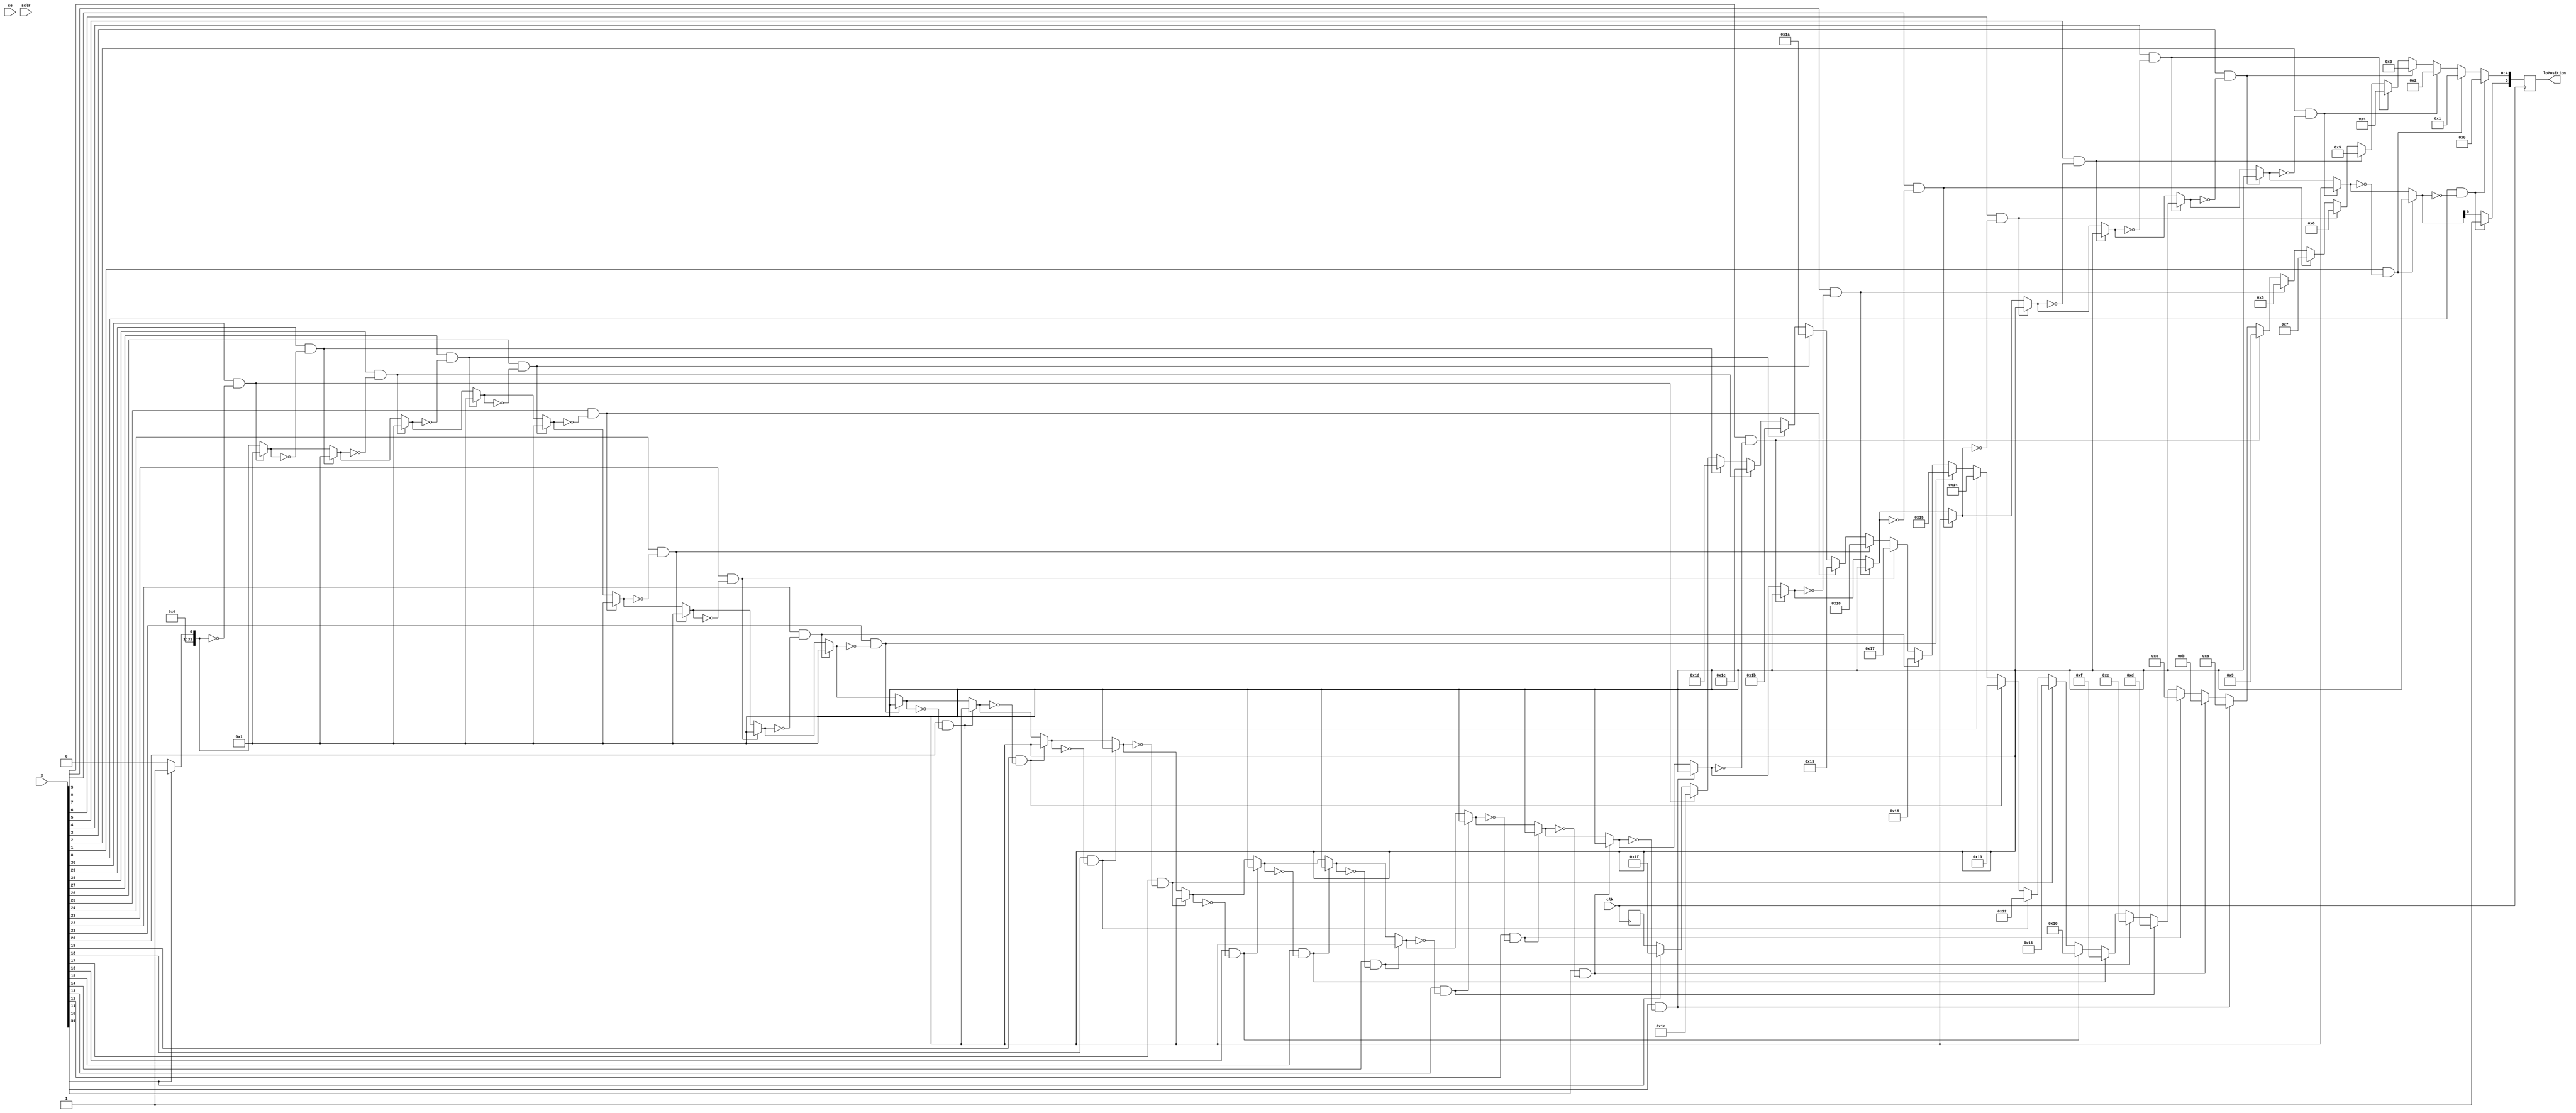
module leadingOne 
		#(parameter xWL = 32)

		// IO signal definition
		(input clk,
		 input ce,
		 input sclr,
		 input [xWL-1:0] x,
		 output reg [cLog2(xWL-1):0] loPosition);

		//--------------------------
		// Local parameter definition
		parameter ctrWidth = cLog2(xWL-1);
		
		//--------------------------
		always @ (posedge clk) begin
			loPosition = LOD(x);
		end
		
		//--------------------------
		function [ctrWidth :0] LOD;
		
		input [xWL-1:0] val;
		// ctr of type integer can be assigned into type reg so I commented ctrCopy
		//reg   [ctrWidth-1 :0] ctrCopy, indx;
		reg   [ctrWidth-1 :0] indx;
		integer found;
		integer ctr;
		
		begin
		   found   = 0;
			//ctrCopy = {ctrWidth{1'b1}};
			// I could have checked found in the for() so it stops looking after it finds
			// but this does not make any difference in hardware as the for loop should be supported 
			// for the worst case scenario
			for( ctr = xWL-1; ctr >= 0; ctr = ctr-1 ) begin
				if( val[ctr] && !found) begin
					//indx = ctrCopy;
					indx = ctr;
					found = 1;
				end
			   //ctrCopy = ctrCopy - 1;
			end
			LOD = {found,indx};
		end	

		endfunction

		//--------------------------
		//ceiling of the log base 2 function
		// Actually calculates ceil(log2(x+1)) which is required as the number of address bits in verilog
		function integer cLog2;
			input [31:0] value;
			integer i;
			begin
			  i = value;
				for (cLog2=0; i>0; cLog2=cLog2+1)
					i = i >> 1;
			end		
		endfunction		

endmodule